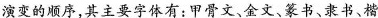
按演变的顺序，其主要字体有：甲骨文、金文、篆书、隶书、楷